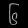
Digit: ၆